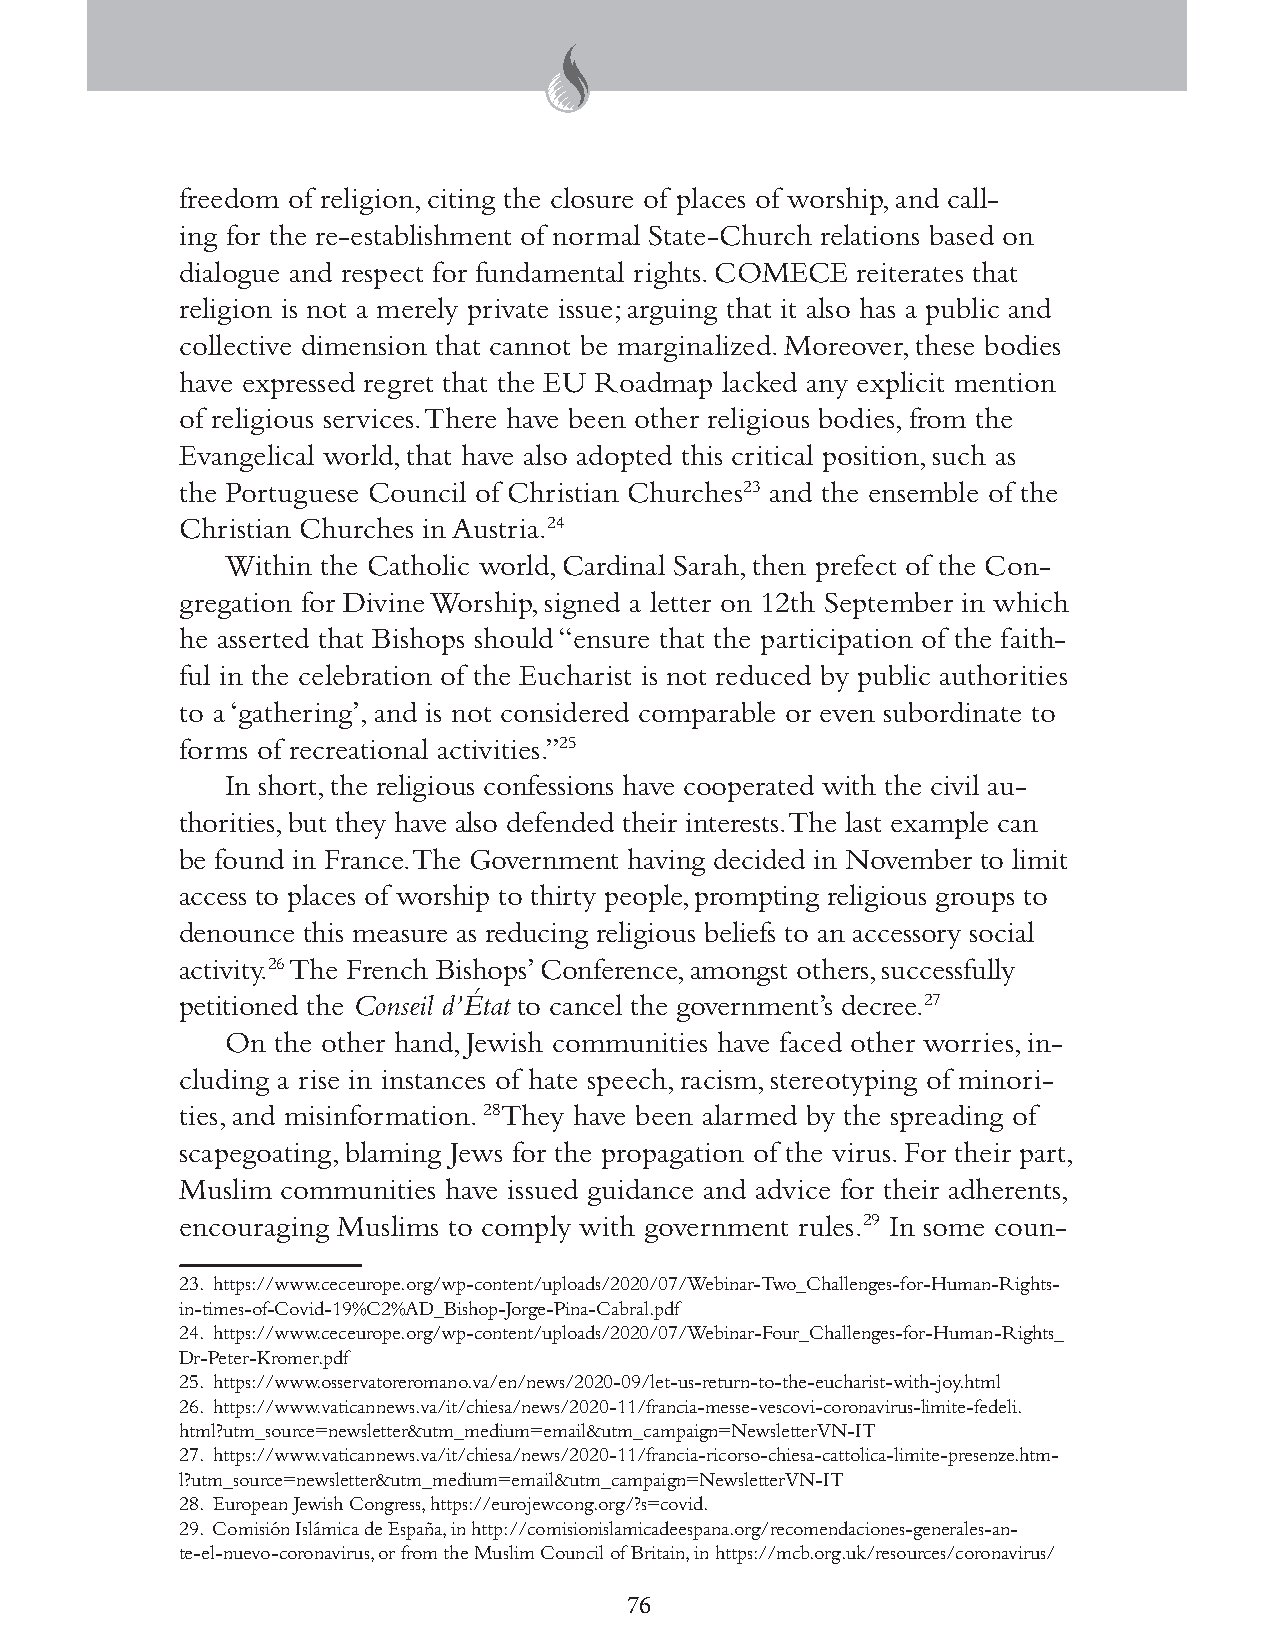
freedom of religion, citing the closure of places of worship, and call-
 ing for the re-establishment of normal State-Church relations based on
 dialogue and respect for fundamental rights. COMECE reiterates that
 religion is not a merely private issue; arguing that it also has a public and
 collective dimension that cannot be marginalized. Moreover, these bodies
 have expressed regret that the EU Roadmap lacked any explicit mention
 of religious services. There have been other religious bodies, from the
 Evangelical world, that have also adopted this critical position, such as
 the Portuguese Council of Christian Churches23 and the ensemble of the
 Christian Churches in Austria.24
 Within the Catholic world, Cardinal Sarah, then prefect of the Con-
 gregation for Divine Worship, signed a letter on 12th September in which
 he asserted that Bishops should “ensure that the participation of the faith-
 ful in the celebration of the Eucharist is not reduced by public authorities
 to a ‘gathering’, and is not considered comparable or even subordinate to
 forms of recreational activities.”25
 In short, the religious confessions have cooperated with the civil au-
 thorities, but they have also defended their interests. The last example can
 be found in France. The Government having decided in November to limit
 access to places of worship to thirty people, prompting religious groups to
 denounce this measure as reducing religious beliefs to an accessory social
 activity.26 The French Bishops’ Conference, amongst others, successfully
 petitioned the Conseil d’État to cancel the government’s decree.27
 On the other hand, Jewish communities have faced other worries, in-
 cluding a rise in instances of hate speech, racism, stereotyping of minori-
 ties, and misinformation. 28They have been alarmed by the spreading of
 scapegoating, blaming Jews for the propagation of the virus. For their part,
 Muslim communities have issued guidance and advice for their adherents,
 encouraging Muslims to comply with government rules.29 In some coun-
 23. https://www.ceceurope.org/wp-content/uploads/2020/07/Webinar-Two_Challenges-for-Human-Rights-
 in-times-of-Covid-19%C2%AD_Bishop-Jorge-Pina-Cabral.pdf
 24. https://www.ceceurope.org/wp-content/uploads/2020/07/Webinar-Four_Challenges-for-Human-Rights_
 Dr-Peter-Kromer.pdf
 25. https://www.osservatoreromano.va/en/news/2020-09/let-us-return-to-the-eucharist-with-joy.html
 26. https://www.vaticannews.va/it/chiesa/news/2020-11/francia-messe-vescovi-coronavirus-limite-fedeli.
 html?utm_source=newsletter&utm_medium=email&utm_campaign=NewsletterVN-IT
 27. https://www.vaticannews.va/it/chiesa/news/2020-11/francia-ricorso-chiesa-cattolica-limite-presenze.htm-
 l?utm_source=newsletter&utm_medium=email&utm_campaign=NewsletterVN-IT
 28. European Jewish Congress, https://eurojewcong.org/?s=covid.
 29. Comisión Islámica de España, in http://comisionislamicadeespana.org/recomendaciones-generales-an-
 te-el-nuevo-coronavirus, or from the Muslim Council of Britain, in https://mcb.org.uk/resources/coronavirus/
 76